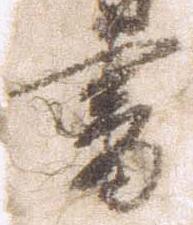
書